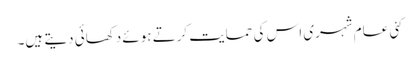
کئی عام شہری اس کی حمایت کرتے ہوئے دکھائی دیتے ہیں۔